Indian journal of veterinary science and animal husbandry - Volume 2,
Year: 1932
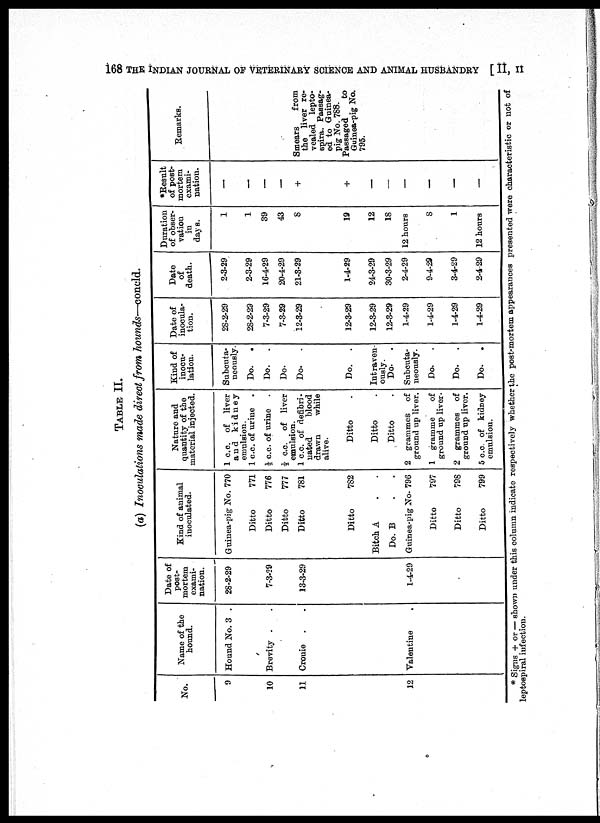
168 THE INDIAN JOURNAL OF VETERINARY SCIENCE AND ANIMALS HUSBANDRY [ II, II
TABLE II.
(a) Inoculations made direct from hounds—concld.
No.
9
10
11
12
Name of the
hound.
Hound No. 3 .
Brevity . .
Cronie . .
Valentine .
Date of
post-
mortem
exami-
nation.
28-2-29
7-3-29
13-3-29
1-4-29
Kind of animal
inoculated.
Guinea-pig No. 770
Ditto
771
Ditto
776
Ditto
777
Ditto
781
Ditto
782
Bitch A . .
Do. B
. .
Guinea-pig No. 796
Ditto
797
Ditto
798
Ditto
799
Nature and
quantity of the
material injected.
1 c.c. of liver
and
kidney
emulsion.
1 c.c. of urine
½ c.c. of urine
½ c.c. of liver
emulsion.
1 c.c. of defibri¬
nated
blood
drawn
while
alive.
Ditto .
Ditto .
Ditto .
2 grammes of
ground up liver.
1 gramme
of
ground up liver.
2 grammes of
ground up liver.
5 c.c. of kidney
emulsion.
Kind of
inocu-
lation.
Subcuta¬
neously.
Do.
.
Do.
.
Do.
Do.
.
Do.
.
Intraven-
ously.
Do.
.
Subcuta¬
ueonsly.
Do.
.
Do.
.
Do.
.
Date of
inocula-
tion.
28-2-29
28-2-29
7-3-29
7-3-29
12-3-29
12-3-29
12-3-29
12-3-29
1-4-29
1-4-29
1-4-29
1-4-29
Date
of
death.
2-3-29
2-3-29
16-4-29
20-4-29
21-3-29
1-4-29
24-3-29
30-3-29
2-4-29
9-4-29
3-4-29
2-4-29
Duration
of obser-
vation
in
days.
1
1
39
43
8
19
12
18
12 hours
8
1
12 hours
*Result
of post-
mortem
exami-
nation.
—
—
—
—
+
+
—
—
—
—
—
—
Remarks.
Smears
from
the liver re-
vealed lepto¬
spira. Passag-
ed to Guinea¬
pig No. 788.
Passaged
to
Guinea-pig No.
795.
* Sigus + or — shown under this column indicate respectively whether the post-mortem appearances presented were characteristic or not of
leptospiral infection.